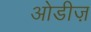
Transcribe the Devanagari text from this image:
ओडीज़